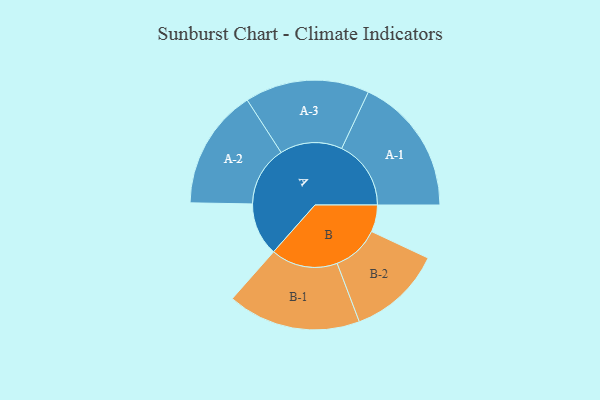
{"axis": {"x": "Segment", "y": "Value"}, "legend": ["", "A", "B"], "data": [{"x": "A", "y": 201, "type": ""}, {"x": "B", "y": 102, "type": ""}, {"x": "A-1", "y": 263, "type": "A"}, {"x": "A-2", "y": 228, "type": "A"}, {"x": "A-3", "y": 236, "type": "A"}, {"x": "B-1", "y": 253, "type": "B"}, {"x": "B-2", "y": 179, "type": "B"}]}